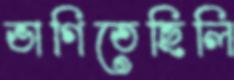
ভাগিতেছিলি